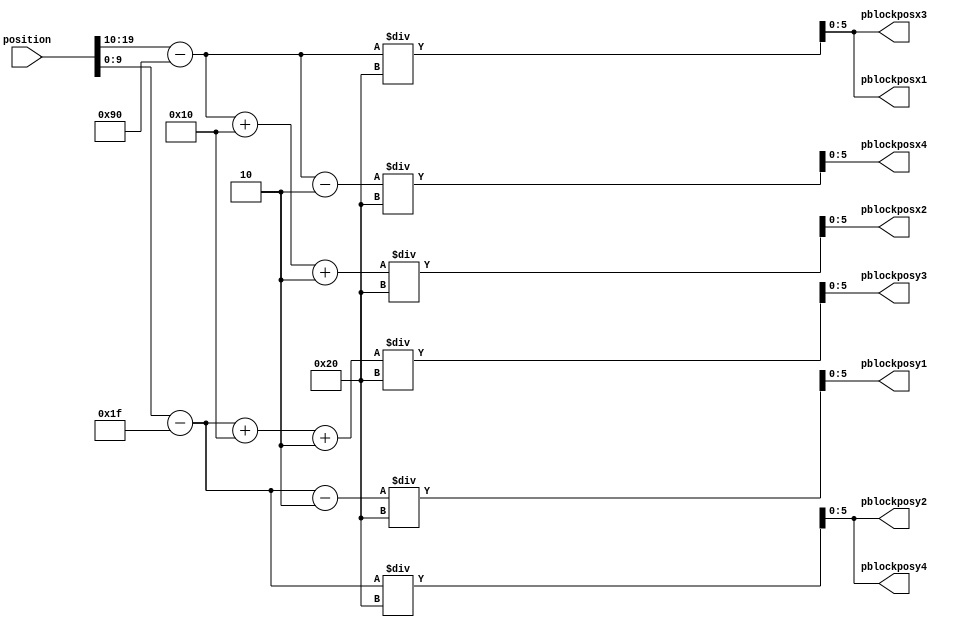
`timescale 1ns / 1ps

module WallCollisionDetection(position, pblockposx1, pblockposy1, pblockposx2, pblockposy2, pblockposx3, pblockposy3, pblockposx4, pblockposy4);

	input [19:0] position;
	
	output [5:0] pblockposx1, pblockposy1, pblockposx2, pblockposy2, pblockposx3, pblockposy3, pblockposx4, pblockposy4;
	
	/*
		xpos <= position[19:10];
		ypos <= position[9:0];
	*/
	
	//up
	assign pblockposx1 = (position[19:10] - 10'd144)/10'd32;
	assign pblockposy1 = (position[9:0] - 10'd31 - 5'd2)/10'd32;
	
	//right
	assign pblockposx2 = (position[19:10] - 10'd144 + 10'd16 + 5'd2)/10'd32;
	assign pblockposy2 = (position[9:0] - 10'd31)/10'd32;
	
	//down
	assign pblockposx3 = (position[19:10] - 10'd144)/10'd32;
	assign pblockposy3 = (position[9:0] - 10'd31 + 10'd16 + 5'd2)/10'd32;
	
	//left
	assign pblockposx4 = (position[19:10] - 10'd144 - 5'd2)/10'd32;
	assign pblockposy4 = (position[9:0] - 10'd31)/10'd32;
	
endmodule